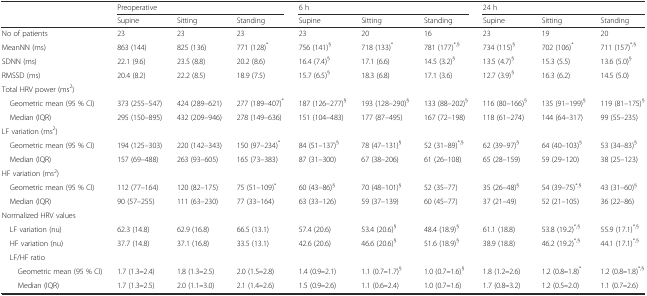
<table><thead><tr><td></td><td colspan="3"><b>Preoperative</b></td><td colspan="3"><b>6 h</b></td><td colspan="3"><b>24 h</b></td></tr><tr><td></td><td><b>Supine</b></td><td><b>Sitting</b></td><td><b>Standing</b></td><td><b>Supine</b></td><td><b>Sitting</b></td><td><b>Standing</b></td><td><b>Supine</b></td><td><b>Sitting</b></td><td><b>Standing</b></td></tr></thead><tbody><tr><td>No of patients</td><td>23</td><td>23</td><td>23</td><td>23</td><td>20</td><td>16</td><td>23</td><td>19</td><td>20</td></tr><tr><td>MeanNN (ms)</td><td>863 (144)</td><td>825 (136)</td><td>771 (128)<sup>*</sup></td><td>756 (141)<sup>§</sup></td><td>718 (133)<sup>*</sup></td><td>781 (177)<sup>*,§</sup></td><td>734 (115)<sup>§</sup></td><td>702 (106)<sup>*</sup></td><td>711 (157)<sup>*,§</sup></td></tr><tr><td>SDNN (ms)</td><td>22.1 (9.6)</td><td>23.5 (8.8)</td><td>20.2 (8.6)</td><td>16.4 (7.4)<sup>§</sup></td><td>17.1 (6.6)</td><td>14.5 (3.2)<sup>§</sup></td><td>13.5 (4.7)<sup>§</sup></td><td>15.3 (5.5)</td><td>13.6 (5.0)<sup>§</sup></td></tr><tr><td>RMSSD (ms)</td><td>20.4 (8.2)</td><td>22.2 (8.5)</td><td>18.9 (7.5)</td><td>15.7 (6.5)<sup>§</sup></td><td>18.3 (6.8)</td><td>17.1 (3.6)</td><td>12.7 (3.9)<sup>§</sup></td><td>16.3 (6.2)</td><td>14.5 (5.0)</td></tr><tr><td colspan="10">Total HRV power (ms<sup>2</sup>)</td></tr><tr><td> Geometric mean (95 % CI)</td><td>373 (255–547)</td><td>424 (289–621)</td><td>277 (189–407)<sup>*</sup></td><td>187 (126–277)<sup>§</sup></td><td>193 (128–290)<sup>§</sup></td><td>133 (88–202)<sup>§</sup></td><td>116 (80–166)<sup>§</sup></td><td>135 (91–199)<sup>§</sup></td><td>119 (81–175)<sup>§</sup></td></tr><tr><td> Median (IQR)</td><td>295 (150–895)</td><td>432 (209–946)</td><td>278 (149–636)</td><td>151 (104–483)</td><td>177 (87–495)</td><td>167 (72–198)</td><td>118 (61–274)</td><td>144 (64–317)</td><td>99 (55–235)</td></tr><tr><td colspan="10">LF variation (ms<sup>2</sup>)</td></tr><tr><td> Geometric mean (95 % CI)</td><td>194 (125–303)</td><td>220 (142–343)</td><td>150 (97–234)<sup>*</sup></td><td>84 (51–137)<sup>§</sup></td><td>78 (47–131)<sup>§</sup></td><td>52 (31–89)<sup>*,§</sup></td><td>62 (39–97)<sup>§</sup></td><td>64 (40–103)<sup>§</sup></td><td>53 (34–83)<sup>§</sup></td></tr><tr><td> Median (IQR)</td><td>157 (69–488)</td><td>263 (93–605)</td><td>165 (73–383)</td><td>87 (31–300)</td><td>67 (38–206)</td><td>61 (26–108)</td><td>65 (28–159)</td><td>59 (29–120)</td><td>38 (25–123)</td></tr><tr><td colspan="10">HF variation (ms<sup>2</sup>)</td></tr><tr><td> Geometric mean (95 % CI)</td><td>112 (77–164)</td><td>120 (82–175)</td><td>75 (51–109)<sup>*</sup></td><td>60 (43–86)<sup>§</sup></td><td>70 (48–101)<sup>§</sup></td><td>52 (35–77)</td><td>35 (26–48)<sup>§</sup></td><td>54 (39–75)<sup>*,§</sup></td><td>43 (31–60)<sup>§</sup></td></tr><tr><td> Median (IQR)</td><td>90 (57–255)</td><td>111 (63–230)</td><td>77 (33–164)</td><td>63 (33–126)</td><td>59 (37–139)</td><td>60 (45–77)</td><td>37 (21–49)</td><td>52 (21–105)</td><td>36 (22–86)</td></tr><tr><td colspan="10">Normalized HRV values</td></tr><tr><td> LF variation (nu)</td><td>62.3 (14.8)</td><td>62.9 (16.8)</td><td>66.5 (13.1)</td><td>57.4 (20.6)</td><td>53.4 (20.6)<sup>§</sup></td><td>48.4 (18.9)<sup>§</sup></td><td>61.1 (18.8)</td><td>53.8 (19.2)<sup>*,§</sup></td><td>55.9 (17.1)<sup>*,§</sup></td></tr><tr><td> HF variation (nu)</td><td>37.7 (14.8)</td><td>37.1 (16.8)</td><td>33.5 (13.1)</td><td>42.6 (20.6)</td><td>46.6 (20.6)<sup>§</sup></td><td>51.6 (18.9)<sup>§</sup></td><td>38.9 (18.8)</td><td>46.2 (19.2)<sup>*,§</sup></td><td>44.1 (17.1)<sup>*,§</sup></td></tr><tr><td colspan="10"> LF/HF ratio</td></tr><tr><td>Geometric mean (95 % CI)</td><td>1.7 (1.3<b>–</b>2.4)</td><td>1.8 (1.3<b>–</b>2.5)</td><td>2.0 (1.5<b>–</b>2.8)</td><td>1.4 (0.9<b>–</b>2.1)</td><td>1.1 (0.7<b>–</b>1.7)<sup>§</sup></td><td>1.0 (0.7<b>–</b>1.6)<sup>§</sup></td><td>1.8 (1.2<b>–</b>2.6)</td><td>1.2 (0.8<b>–</b>1.8)<sup>*</sup></td><td>1.2 (0.8<b>–</b>1.8)<sup>*,§</sup></td></tr><tr><td>Median (IQR)</td><td>1.7 (1.3<b>–</b>2.5)</td><td>2.0 (1.1<b>–</b>3.0)</td><td>2.1 (1.4<b>–</b>2.6)</td><td>1.5 (0.9<b>–</b>2.6)</td><td>1.1 (0.6<b>–</b>2.4)</td><td>1.0 (0.7<b>–</b>1.6)</td><td>1.7 (0.8<b>–</b>3.2)</td><td>1.2 (0.5<b>–</b>2.0)</td><td>1.1 (0.7<b>–</b>2.6)</td></tr></tbody></table>